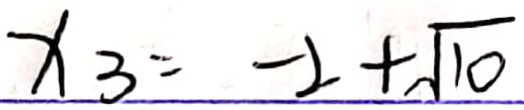
x _ { 3 } = - 2 + \sqrt { 1 0 }